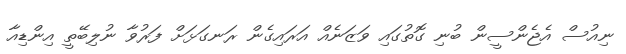
ނިއުސް އެޖެންސީން ބުނި ގޮތުގައި ވަޒަނެއް އަރައިގެން ރަނގަޅަށް ފަރުވާ ނުލިބޭތީ އިންޑިއާ